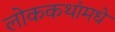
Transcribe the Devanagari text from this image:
लोककथांमधे